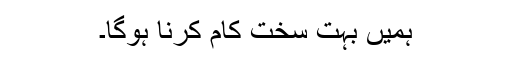
ہمیں بہت سخت کام کرنا ہوگا۔